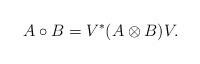
LaTeX: \begin{align*} A\circ B=V^*(A\otimes B)V.\end{align*}